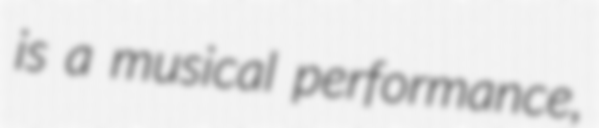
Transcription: is a musical performance,